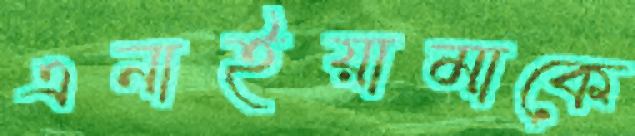
এনাইয়ামাকে